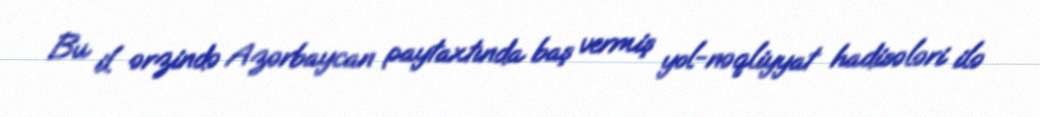
Bu il ərzində Azərbaycan paytaxtında baş vermiş yol-nəqliyyat hadisələri ilə